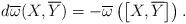
LaTeX: \begin{align*}d\overline{\omega}(X,\overline{Y})=-\overline{\omega}\left( \left[X,\overline{Y}\right] \right) .\end{align*}